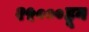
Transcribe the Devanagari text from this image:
२५०००हून